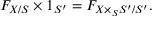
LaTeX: F _ { X / S } \times 1 _ { S ^ { \prime } } = F _ { X \times _ { S } S ^ { \prime } / S ^ { \prime } } .